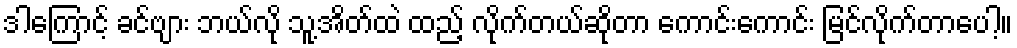
ဒါကြောင့် ခင်ဗျား ဘယ်လို သူ့အိတ်ထဲ ထည့် လိုက်တယ်ဆိုတာ ကောင်းကောင်း မြင်လိုက်တာပေါ့။